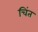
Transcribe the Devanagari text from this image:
चिंत